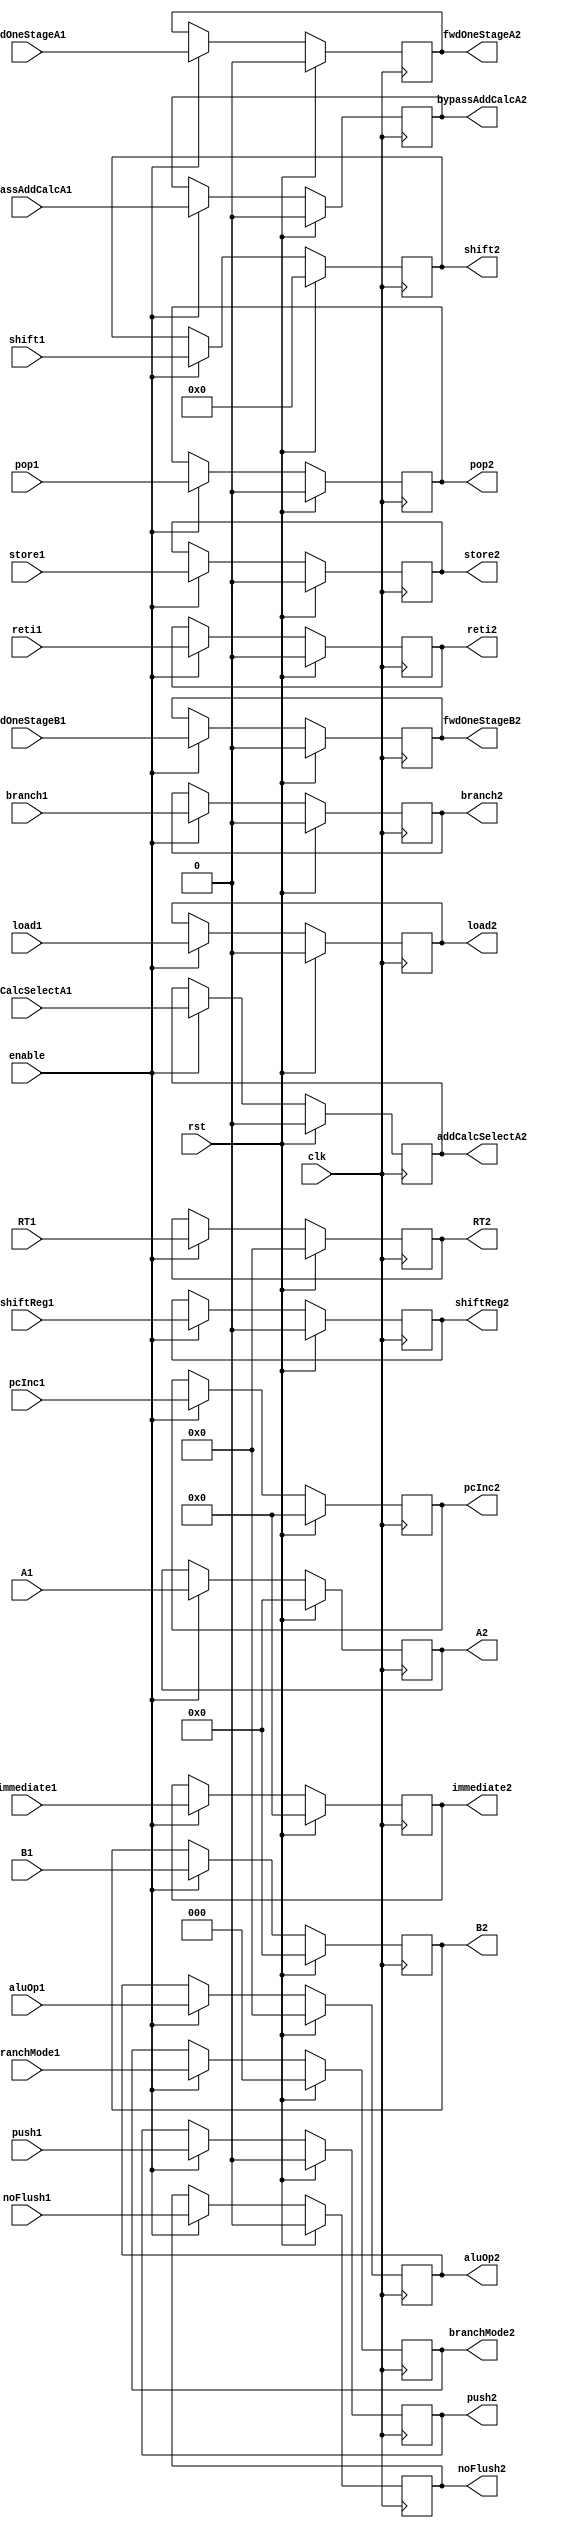
`timescale 1ns / 1ps

module registerStage1_2 (
    input clk,
    input rst,
    input enable,
    input addCalcSelectA1,
    input branch1,
    input fwdOneStageA1,
    input fwdOneStageB1,
    input load1,
    input shiftReg1,
    input store1,
    input pop1,
    input push1,
    input reti1,
    input noFlush1,
    input bypassAddCalcA1,
    input [2:0] branchMode1,
    input [3:0] aluOp1,
    input [3:0] RT1,
    input [4:0] shift1,
    input [8:0] immediate1,
    input [8:0] pcInc1,
    input [23:0] A1,
    input [23:0] B1,
    output reg addCalcSelectA2,
    output reg branch2,
    output reg fwdOneStageA2,
    output reg fwdOneStageB2,
    output reg load2,
    output reg shiftReg2,
    output reg store2,
    output reg pop2,
    output reg push2,
    output reg reti2,
    output reg noFlush2,
    output reg bypassAddCalcA2,
    output reg [2:0] branchMode2,
    output reg [3:0] aluOp2,
    output reg [3:0] RT2,
    output reg [4:0] shift2,
    output reg [8:0] immediate2,
    output reg [8:0] pcInc2,
    output reg [23:0] A2,
    output reg [23:0] B2
    );
    
    always @(posedge clk) begin
        if (rst) begin
            addCalcSelectA2 <= 0;
            branch2 <= 0;
            fwdOneStageA2 <= 0;
            fwdOneStageB2 <= 0;
            load2 <= 0;
            shiftReg2 <= 0;
            store2 <= 0;
            branchMode2 <= 0;
            aluOp2 <= 0;
            RT2 <= 0;
            shift2 <= 0;
            immediate2 <= 0;
            pcInc2 <= 0;
            A2 <= 0;
            B2 <= 0;
            pop2 <= 0;
            push2 <= 0;
            reti2 <= 0;
            noFlush2 <= 0;
            bypassAddCalcA2 <= 0;
        end
        else if (enable) begin
            addCalcSelectA2 <= addCalcSelectA1;
            branch2 <= branch1;
            fwdOneStageA2 <= fwdOneStageA1;
            fwdOneStageB2 <= fwdOneStageB1;
            load2 <= load1;
            shiftReg2 <= shiftReg1;
            store2 <= store1;
            branchMode2 <= branchMode1;
            aluOp2 <= aluOp1;
            RT2 <= RT1;
            shift2 <= shift1;
            immediate2 <= immediate1;
            pcInc2 <= pcInc1;
            A2 <= A1;
            B2 <= B1;
            pop2 <= pop1;
            push2 <= push1;
            reti2 <= reti1;
            noFlush2 <= noFlush1;
            bypassAddCalcA2 <= bypassAddCalcA1;
        end
    end
    
endmodule